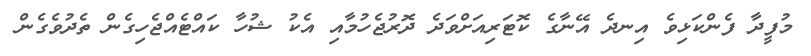
މުފީދާ ފެންކަޅިވެ އިނދެ އޭނާގެ ކޮޓަރިއަށްވަދެ ދޮރުޖެހުމާއި އެކު ޝުހާ ކައްޓެއްޖެހިގެން ތެދުވެގެން